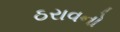
ઠરાવનો